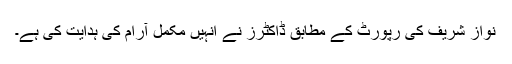
نواز شریف کی رپورٹ کے مطابق ڈاکٹرز نے انہیں مکمل آرام کی ہدایت کی ہے۔